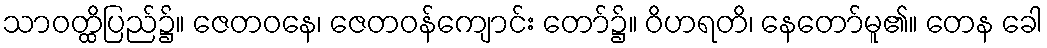
သာဝတ္ထိပြည်၌။ ဇေတဝနေ၊ ဇေတဝန်ကျောင်း တော်၌။ ဝိဟရတိ၊ နေတော်မူ၏။ တေန ခေါ